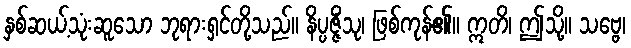
နှစ်ဆယ့်သုံးဆူသော ဘုရားရှင်တို့သည်။ နိပ္ပဇ္ဇိံသု၊ ဖြစ်ကုန်၏။ ဣတိ၊ ဤသို့။ သဗ္ဗေ၊